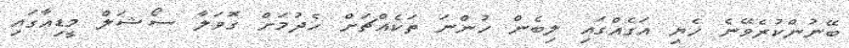
ބޭނުންކުރެވޭނެ ހެޔި އަގެއްގައި ލިބެން ހުންނަ ތަކެއްޗަށް ހެދުމަށް ގޮވަލާ ސޯޝަލް މީޑިއާގައި